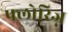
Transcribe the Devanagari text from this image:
फ्लोरिज्न